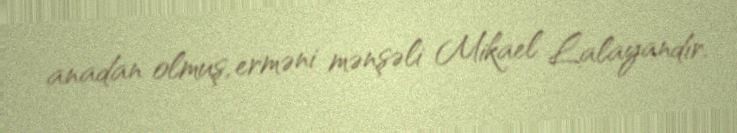
anadan olmuş, erməni mənşəli Mikael Lalayandır.